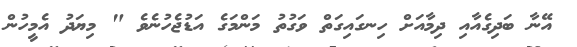
އޭނާ ބަދިގެއާއި ދިމާއަށް ހިނގައިގަތް ވަގުތު މަންމަގެ އަޑުޖެހުނެވެ " މިޔަދު އެމީހުން